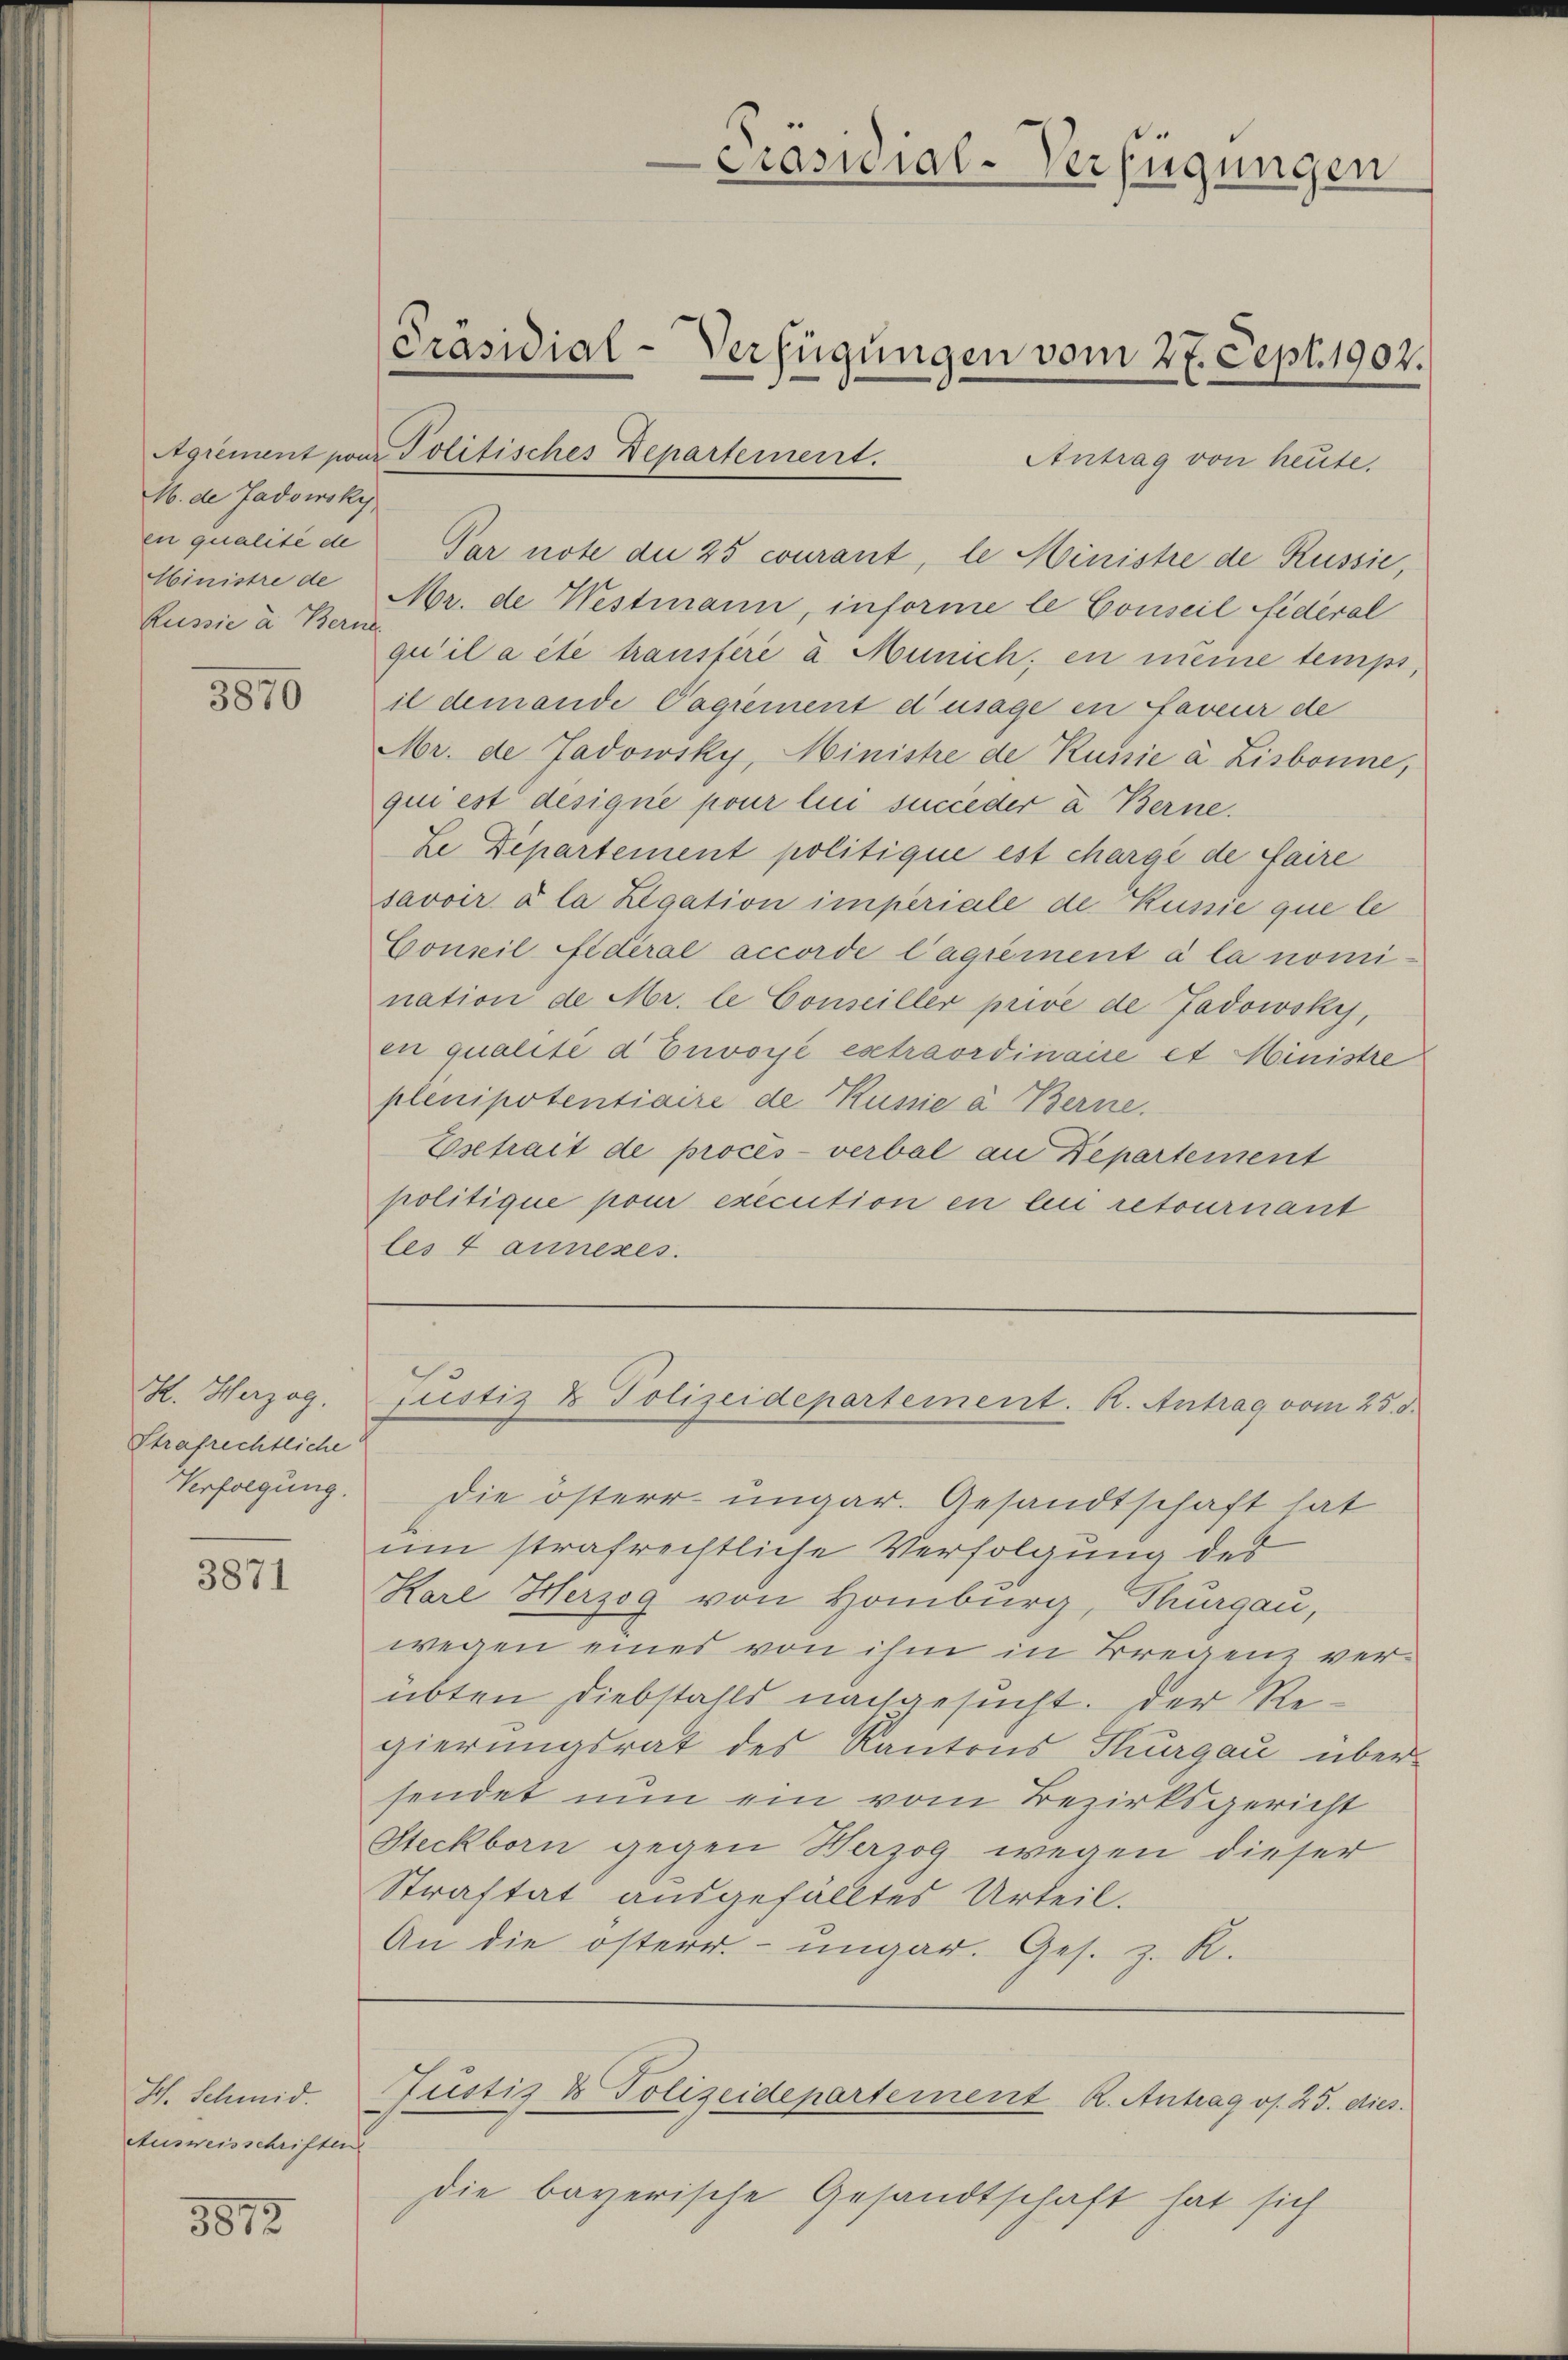
M. de Gadowsky,
Ministre de
Russie a. Berne

5870

H. Herzog.
Strafrechtliche
Verfolgung.

3871

Hch. Schmid.
Ausweisschriften

3873

Präsidial-Verfügungen
Präsidial-Verfügungen vom 27. Sept. 1902.
Agrement pour Politisches Departement.
Antrag von heute.

in qualité de Par note die 25 courant, le Ministre de Russie,
Mr. de Westmann, informe le Conseil fidéral
qu’il a été transféré à Munich; en meine temps,
il demande Cagiement d’usage en faveur de
Mr. de Jadowsky, Ministre de Russie à Lisbonne,
qui est designé pour lui succeder u Berne.
Le Departement politique est chargé de faire
savoir à la Legation imperiale de Kussie que le
Conzil fidéral accorde l’agrément à la nomination de Mr. le Conseiller privé de Jadowsky,
en qualité d Eiwoyé extraordinaire et Ministre
plenipotentiaire de Küsse à Berne.
Esetrait de procès-verbal an Departement
politique pour execution en lei retournant
les 4 annexes.

justiz & Polizeidepartement. K. Antrag vom 25. d.

die österr ungar. Gesandtschaft hat
um strafrechtliche Verfolgung des
Karl Herzog von Homburg, Thurgau,
wegen eines von ihm in Bregenz verübten Diebstahls nachgesucht. Der Regierungsrat des Kantons Thurgau über-
sendet nun ein vom Bezirksgericht
Steckborn gegen Herzog wegen dieser
Straftat ausgefälltes Urteil.
An die österr. ungar. Ges. z. R.

Justiz & Polizeidepartement R. Antrag os. 25. dies

die bayerische Gesandtschaft hat sich